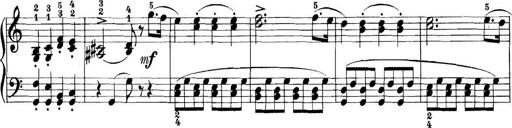
Title: 11 Sonatinas
Composer: Anton Diabelli